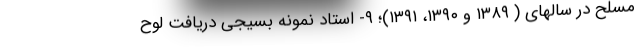
مسلح در سالهای ( ۱۳۸۹ و ۱۳۹۰، ۱۳۹۱)؛ ۹- استاد نمونه بسیجی دریافت لوح